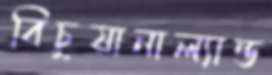
বিচুয়ানাল্যান্ড